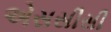
એસસીસી